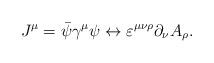
LaTeX: \begin{align*}J^\mu =\bar{\psi}\gamma ^\mu \psi \leftrightarrow \varepsilon ^{\mu \nu \rho}\partial _\nu A_\rho . \end{align*}